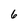
Character: 6